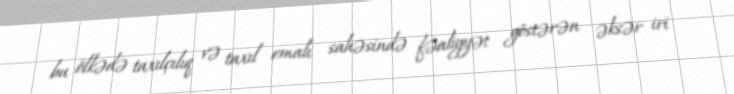
bu ölkədə taxılçılıq və taxıl emalı sahəsində fəaliyyət göstərən əksər iri